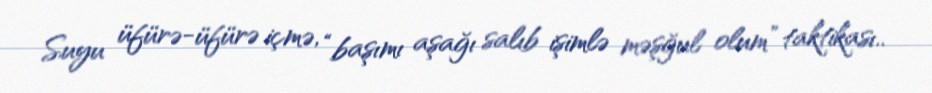
Suyu üfürə-üfürə içmə, “başımı aşağı salıb işimlə məşğul olum” taktikası..